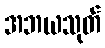
အဘယသုတ်